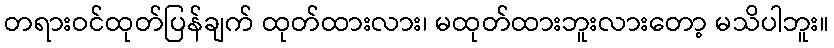
တရားဝင်ထုတ်ပြန်ချက် ထုတ်ထားလား၊ မထုတ်ထားဘူးလားတော့ မသိပါဘူး။